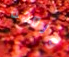
وزوجة